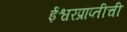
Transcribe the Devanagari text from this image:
ईश्वरप्राप्तीची